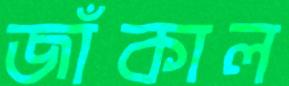
জাঁকাল